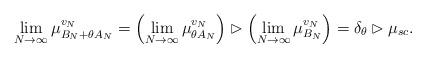
LaTeX: \begin{align*}\lim_{N\to \infty}\mu^{v_N}_{B_N+\theta A_N}= \left(\lim_{N\to \infty}\mu^{v_N}_{\theta A_N}\right)\rhd\left(\lim_{N\to \infty}\mu^{v_N}_{B_N}\right)=\delta_\theta \rhd \mu_{sc}.\end{align*}